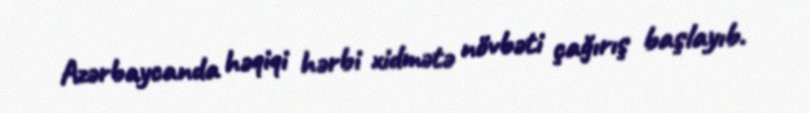
Azərbaycanda həqiqi hərbi xidmətə növbəti çağırış başlayıb.